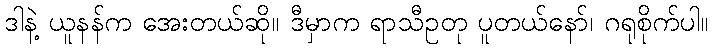
ဒါနဲ့ ယူနန်က အေးတယ်ဆို။ ဒီမှာက ရာသီဥတု ပူတယ်နော်၊ ဂရုစိုက်ပါ။